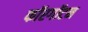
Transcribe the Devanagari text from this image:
फॉरगॉटन